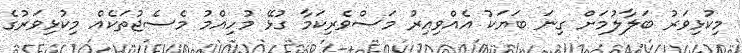
މިކުޅިވަރު ބަލާލުމަށް ގިނަ ބަޔަކު އެއްވިއިރު މަސްވެރިކަމާ ގުޅޭ މުހިއްމު މެސެޖުތަކެއް މިކުޅިވަރުގެ